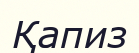
Қапиз